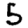
Digit: 5